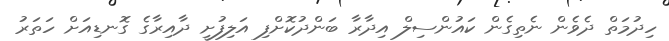
ހިދުމަތް ދެވެން ނެތިގެން ކައުންސިލް އިދާރާ ބަންދުކޮށްފި އަލިފުށީ ދާއިރާގެ ގޮނޑިއަށް ހަތަރު